Civil Veterinary Dept. Bombay admin report 1907-1913 - 1907-1913
Year: 1907
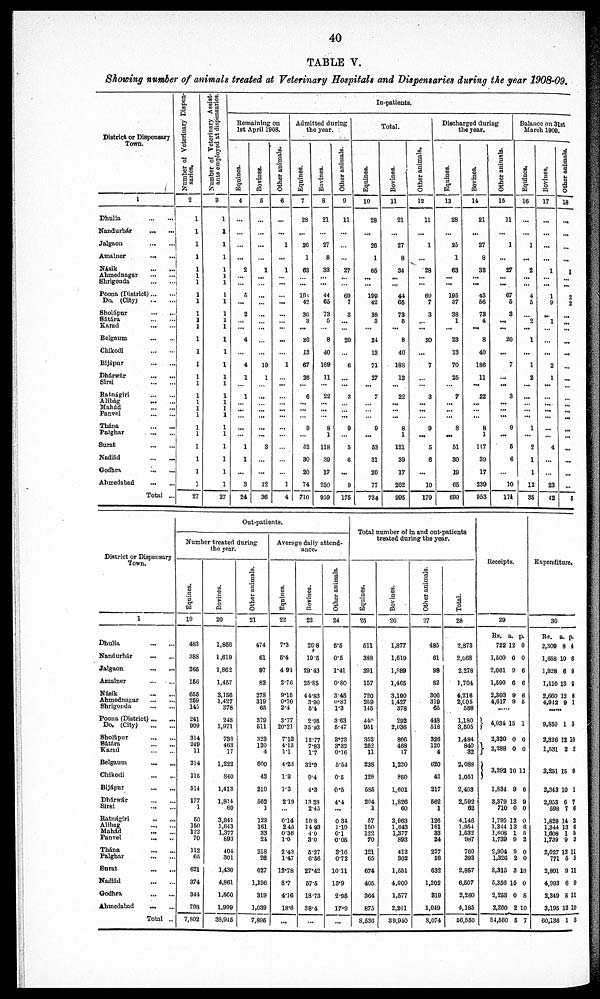
40
TABLE
V.
Showing
number
of animals
treated
at Veterinary
Hospitals
and Dispensaries
during
the year
1908-09.
District or Dispensary
Town.
1
Dhulia
...
...
Nandurbár
... ...
Jalgaon
...
...
Amalner
...
...
Násik
...
...
Ahmednagar
...
...
Shrigonda
...
...
Poona (District) ... ...
Do. (City)
...
...
Sholápur
...
...
Sátára
...
...
Karad
...
...
Belgaum
...
...
Chikodi
...
...
Bijápur
...
...
Dhárwár
...
...
Sirsi
...
...
Ratnágiri
...
...
Alibág
...
...
Mahád
...
...
Panvel
...
...
Thána
...
...
Palghar
...
...
Surat
...
...
Nadiád
...
...
Godhra
...
...
Ahmedabad
...
...
Total ...
Number of Veterinary Dispen-
saries.
2
1
1
1
1
1
1
1
1
1
1
1
1
1
1
1
1
1
1
1
1
1
1
1
1
1
1
1
27
Number of Veterinary Assist-
ants employed at dispensaries.
3
1
1
1
1
1
1
1
1
1
1
1
1
1
1
1
1
1
1
1
1
1
1
1
1
1
1
1
27
In-patients.
Remaining on
1st April 1908.
Equines.
4
...
...
...
...
2
...
...
5
...
2
...
...
4
...
4
1
...
1
...
...
...
...
...
1
1
...
3
24
Bovines.
5
...
...
...
...
1
...
...
...
...
...
...
...
...
...
19
1
...
...
...
...
...
...
...
3
...
...
12
36
Other animals.
6
...
...
1
...
1
...
...
...
...
...
...
...
...
...
1
...
...
...
...
...
...
...
...
...
...
...
1
4
Admitted during
the year.
Equines.
7
28
...
20
1
63
...
...
101
42
30
3
...
20
13
67
26
...
6
...
...
...
9
...
52
30
20
74
710
Bovines.
8
21
...
27
8
33
...
...
44
65
73
5
...
8
40
169
11
...
22
...
...
...
8
1
118
39
17
250
959
Other animals.
9
11
...
...
...
27
...
...
69
7
3
...
...
20
...
6
...
...
3
...
...
...
9
...
5
6
...
9
175
Total.
Equines.
10
28
...
26
1
65
...
...
199
42
38
3
...
24
13
71
27
...
7
...
...
...
9
...
53
31
20
77
734
Bovines.
11
21
...
27
8
34
...
...
44
66
73
5
...
8
40
188
12
...
22
...
...
...
8
1
121
39
17
262
995
Other animals.
12
11
...
1
...
28
...
...
69
7
3
...
...
20
...
7
...
...
3
...
...
...
9
...
5
6
...
10
179
Discharged during
the year.
Equines.
13
28
...
25
1
63
...
...
195
37
38
1
...
23
13
70
25
...
7
...
...
...
8
...
51
30
19
65
699
Bovines.
14
21
...
27
8
33
...
...
43
56
73
4
...
8
40
186
11
...
22
...
...
...
8
1
117
39
17
239
953
Other animals.
15
11
...
1
...
27
...
...
67
5
3
...
...
20
...
7
...
...
3
...
...
...
9
...
5
6
...
10
174
Balance on 3lst
March 1909.
Equines.
16
...
...
1
...
2
...
...
4
5
...
2
...
1
...
1
2
...
...
...
...
...
1
...
2
1
1
12
35
Bovines.
17
...
...
...
...
1
...
...
1
9
...
1
...
...
...
2
1
...
...
...
...
...
...
...
4
...
...
23
42
Other animals.
18
...
...
...
...
1
...
...
2
2
...
...
...
...
...
...
...
...
...
...
...
...
...
...
...
...
...
...
6
District or Dispensary
Town.
1
Dhulia
...
...
Nandurbár
...
...
Jalgaon ... ...
Amalner
...
...
Násik ... ...
Ahmednagar
...
...
Shrigonda
...
...
Poona (District) ... ...
Do. (City)
...
...
Sholápur
...
...
Sátára
...
...
Karad
...
...
Belgaum
...
...
Chikodi
...
...
Bijápur
...
...
Dhárwár
...
...
Sirsi
...
...
Ratnágiri
...
...
Alibag
...
...
Mahád
...
...
Panvel
...
...
Thána
...
...
Palghar
...
...
Surat
...
...
Nadiád
...
...
Godhra
...
...
Ahmedabad
...
...
Total ..
Out-patients.
Number treated during
the year.
Equines.
19
483
388
265
156
655
259
145
241
909
314
249
11
214
115
514
177
1
50
150
122
70
112
65
621
374
344
708
7,802
Bovines.
20
1,856
1,619
1,862
1,457
3,156
1,427
378
248
1,971
733
463
17
1,222
840
1,413
1,814
60
3,941
1,643
1,377
893
401
301
1,430
4,861
1,560
1,999
38,945
Other animals.
21
474
61
97
82
278
319
65
379
511
323
120
4
600
43
210
562
1
123
161
33
21
218
26
627
1,196
319
1,039
7,895
Average daily attend-
ance.
Equines.
22
7.3
5.4
4 91
2.76
9.15
0.70
2.4
3.77
20.21
7.13
4.13
1.1
4.23
1.3
1.3
2.19
...
0.14
2 45
036
1.0
2.43
1.47
12.78
8.7
4.16
18.6
...
Bovines.
23
26.8
19.5
29.43
25.85
44.83
3.90
5'4
2.95
35.93
12.77
7.83
1.7
32.9
9.4
4.3
13.28
2.45
10.8
14 93
40
30
5.27
6.56
27.42
57.5
18.73
38.4
...
Other animals.
24
5'5
0.5
1.41
0.80
3.45
6.87
1.3
3 63
5.47
3.73
3.32
0.16
5.54
0.5
0.5
4.4
...
0 34
1.19
0.1
0.05
3.16
0.72
10.11
15.9
2.95
17.9
...
Total number of in and out-patients
treated during the year.
Equines.
25
511
388
291
157
720
259
145
440
951
352
252
11
238
128
585
204
1
57
150
122
70
121
65
674
405.
364
875
8,536
Bovines.
26
1,877
1,619
1,889
1,405
3,190
1,427
378
292
2,036
806
468
17
1,230
880
1,601
1,826
60
3,963
1,643
1,377
893
412
302
1,551
4,900
1,577
2,201
39,940
Other animals.
27
485
61
98
82
306
319
65
448
518
326
120
4
620
43
217
562
1
126
161
33
24
227
26
632
1,202
319
1,019
8,074
Total.
28
2,873
2,068
2,278
1,704
4,216
2,005
588
1,180
3,505
1,484
840
32
2,088
1,051
2,403
2,592
62
4,146
1,954
1,532
987
760
393
2,857
6,507
2,260
4,185
56,550
Receipts.
29
Rs.
722
1,500
2,061
1,590
2,303
4,617
....
4,034
2,320
2,288
3,292
1,834
3,379
710
1,795
1,344
1,608
1,739
2,904
1,326
3,315
5,356
2,253
2,260
54,560
a.
12
0
9
6
9
9
15
0
0
10
9
13
0
12
13
1
9
9
2
3
15
0
2
5
p.
0
0
6
6
6
5
1
0
0
11
6
9
0
0
6
5
2
0
0
10
0
8
10
7
Expenditure.
30
Rs.
2,309
1,658
1,928
1,110
2,660
4,942
.....
9,859
2,326
1,531
3,251
2,343
2,953
598
1,828
1,344
1,608
1,739
2,027
771
3,801
4,993
2,349
3,195
60,136
a.
8
10
6
13
12
9
1
12
2
15
10
6
7
14
13
1
9
12
5
9
6
5
12
1
p.
4
6
9
8
8
1
3
10
2
9
1
7
6
3
6
5
2
11
5
11
9
11
10
3